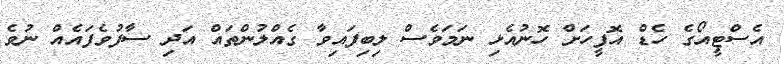
އެސްޓީއޯގެ ހެޑް އޮފީހަށް ހޮނުއެޅި ނަމަވެސް ލިބިފައިވާ ގެއްލުންތައް އަދި ސާފުވެފައެއް ނުވެ